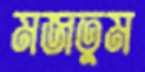
মজতুম